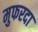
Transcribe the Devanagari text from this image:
मुफरदा